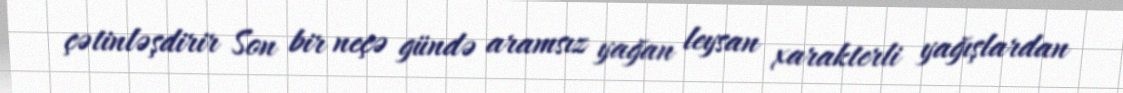
çətinləşdirir Son bir neçə gündə aramsız yağan leysan xarakterli yağışlardan